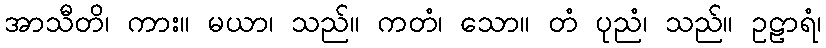
အာသီတိ၊ ကား။ မယာ၊ သည်။ ကတံ၊ သော။ တံ ပုညံ၊ သည်။ ဥဠာရံ၊